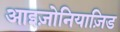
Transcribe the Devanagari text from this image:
आइज़ोनियाज़िड